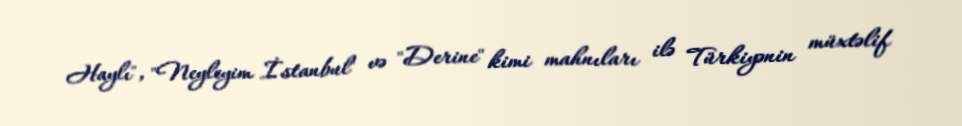
Haylı", "Neyleyim İstanbul" və "Derine" kimi mahnıları ilə Türkiyənin müxtəlif